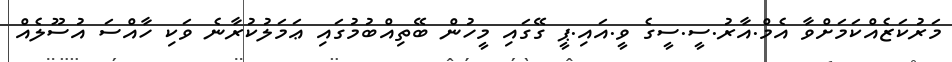
މަރުކަޒެއްކަމަށްވާ އެމް.އާރު.ސީ.ސީގެ ވީ.އައި.ޕީ ގޭގައި މީހުން ބޭތިއްބުމުގައި ޢަމަލުކުރާނެ ވަކި ހާއްސަ އުސޫލެއް